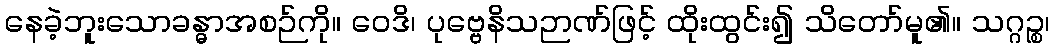
နေခဲ့ဘူးသောခန္ဓာအစဉ်ကို။ ဝေဒိ၊ ပုဗ္ဗေနိသဉာဏ်ဖြင့် ထိုးထွင်း၍ သိတော်မူ၏။ သဂ္ဂဉ္စ၊